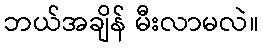
ဘယ်အချိန် မီးလာမလဲ။